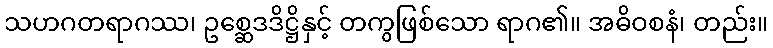
သဟဂတရာဂဿ၊ ဥစ္ဆေဒဒိဋ္ဌိနှင့် တကွဖြစ်သော ရာဂ၏။ အဓိဝစနံ၊ တည်း။